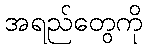
အရည်တွေကို